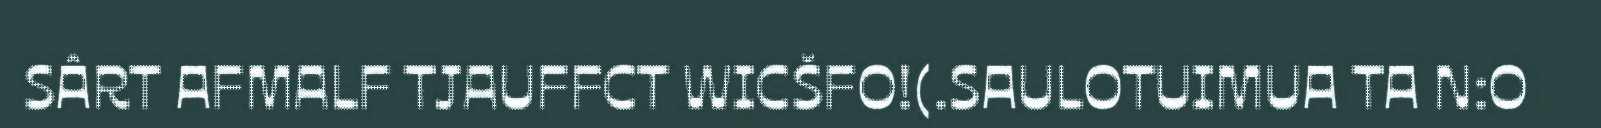
SÂRT AFMALF TJAUFFCT WICŠFO!(.SAULOTUIMUA TA N:O